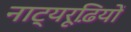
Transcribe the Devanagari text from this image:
नाट्यरूढ़ियों